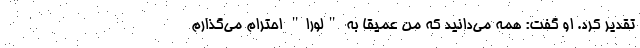
تقدیر کرد. او گفت: همه می‌دانید که من عمیقا به "لورا" احترام می‌گذارم